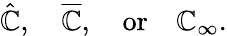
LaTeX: {\hat{\mathbb{C}}},\quad{\overline{{\mathbb{C}}}},\quad{\mathrm{or}}\quad\mathbb{C}_{\infty}.